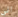
الى